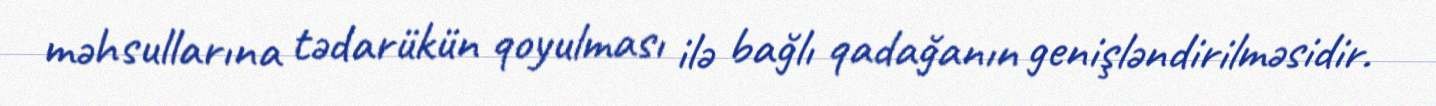
məhsullarına tədarükün qoyulması ilə bağlı qadağanın genişləndirilməsidir.